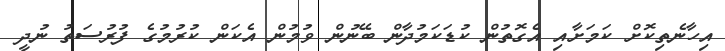
އިހާނެތިކޮށް ކަމަށާއި އެގޮތުން ކުޑަކަމުދާން ބޭނުން ވުމުން އެކަން ކުރުމުގެ ފުރުސަތު ނުދީ